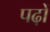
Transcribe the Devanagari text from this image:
पढ़ों